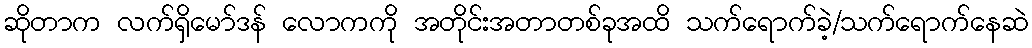
ဆိုတာက လက်ရှိမော်ဒန် လောကကို အတိုင်းအတာတစ်ခုအထိ သက်ရောက်ခဲ့/သက်ရောက်နေဆဲ